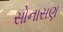
સોનાસણ